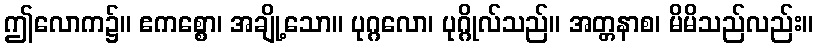
ဤလောက၌။ ဧကစ္စော၊ အချို့သော။ ပုဂ္ဂလော၊ ပုဂ္ဂိုလ်သည်။ အတ္တနာစ၊ မိမိသည်လည်း။